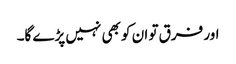
اور فرق تو ان کو بھی نہیں پڑے گا۔